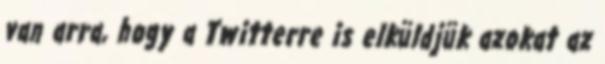
van arra, hogy a Twitterre is elküldjük azokat az